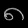
Digit: ၈